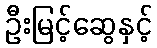
ဦးမြင့်ဆွေနှင့်